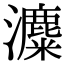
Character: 𤃱